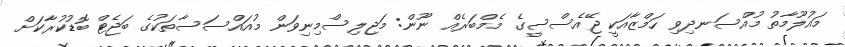
މައުލޫމާތު މުއްސަނދިވި ހަމްޒާއަކީ ޖޭއެސްސީގެ މެމްބަރެއް ނޫން: މަޖިލިސްމިނިވަން މުއައްސަސާތަކުގެ ބަޖެޓް ބޮޑުކުރާކަށް